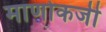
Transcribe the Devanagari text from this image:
माणोकजी